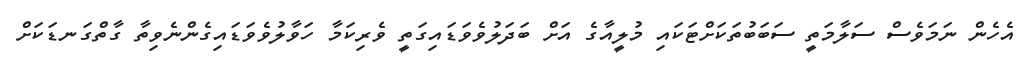
އެހެން ނަމަވެސް ސަލާމަތީ ސަބަބުތަކަށްޓަކައި މުލީއާގެ އަށް ބަދަލުވެވަޑައިގަތީ ވެރިކަމާ ހަވާލުވެވަޑައިގެންނެވިތާ ގާތްގަނޑަކަށް